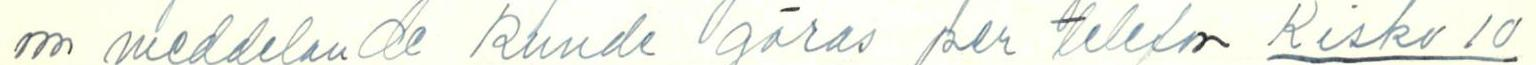
om meddelande kunde göras per telefon Kisko 10